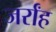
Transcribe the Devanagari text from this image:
जर्रांह